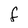
Character: f